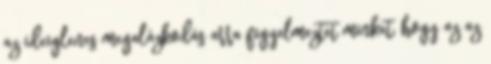
az ideiglenes megalázkodás arra figyelmeztet minket, hogy az az